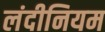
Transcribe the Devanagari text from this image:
लंदीनियम